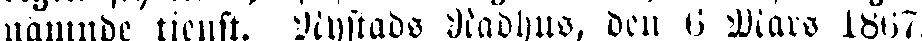
nämnde tjenst. Nystads Rådhus, den 6 Mars 1867.